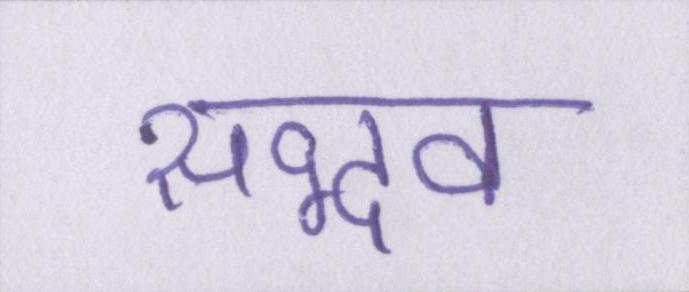
सद्भव